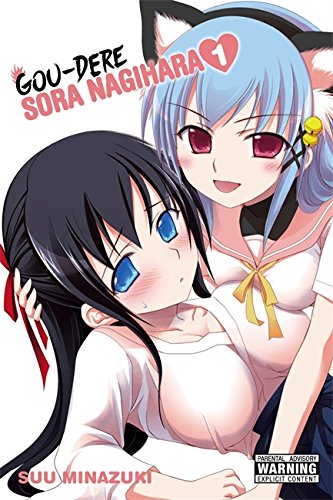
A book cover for Gou-dere Sora Nagihara, Vol. 1; Suu Minazuki; Comics & Graphic Novels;